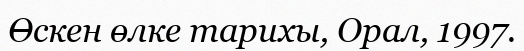
Өскен өлке тарихы, Орал, 1997.